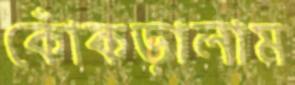
কোঁকড়ালাম